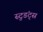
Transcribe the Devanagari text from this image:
स्टुडंट्‌स